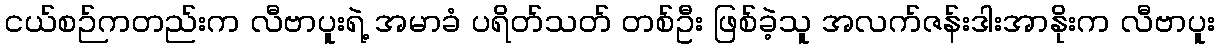
ငယ်စဉ်ကတည်းက လီဗာပူးရဲ့ အမာခံ ပရိတ်သတ် တစ်ဦး ဖြစ်ခဲ့သူ အလက်ဇန်းဒါးအာနိုးက လီဗာပူး